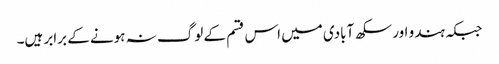
جبکہ ہندو اور سکھ آبادی میں اس قسم کے لوگ نہ ہونے کے برابر ہیں۔